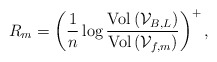
\begin{align*}R_{m}=\left(\frac{1}{n}\log\frac{\textrm{Vol}\left(\mathcal{V}_{B,L}\right)}{\textrm{Vol}\left(\mathcal{V}_{f,m}\right)}\right)^{+},\end{align*}